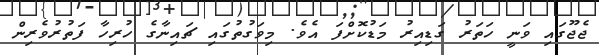
ޖެޖޫގައި ވަނީ ހަތަރު ގަޑިއިރު މަޑުކޮށްފަ އެވެ. މިވަގުތުގައި ޗައިނާގެ ހުރިހާ ފަތުރުވެރިން